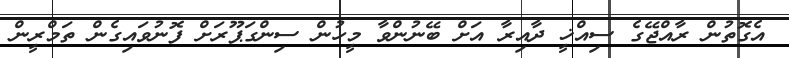
އެގޮތުން ރާއްޖޭގެ ސިއްޚީ ދާއިރާ އަށް ބޭނުންވާ މީހުން ސިންގަޕޫރަށް ފޮނުވައިގެން ތަމްރީން